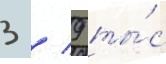
3 / 9 ты́с